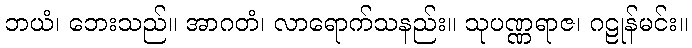
ဘယံ၊ ဘေးသည်။ အာဂတံ၊ လာရောက်သနည်း။ သုပဏ္ဏရာဇ၊ ဂဠုန်မင်း။